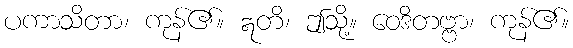
ပကာသိတာ၊ ကုန်၏။ ဣတိ၊ ဤသို့။ ဝေဒိတဗ္ဗာ၊ ကုန်၏။